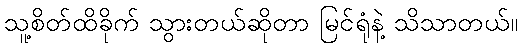
သူ့စိတ်ထိခိုက် သွားတယ်ဆိုတာ မြင်ရုံနဲ့ သိသာတယ်။